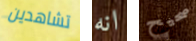
تشاهدين انه صحيح